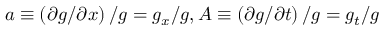
a \equiv \left( \partial g / \partial x \right) / g = { { g } _ { x } } / g , A \equiv \left( \partial g / \partial t \right) / g = { { g } _ { t } } / g